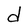
Character: d